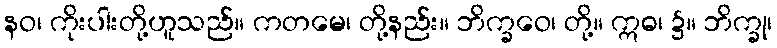
နဝ၊ ကိုးပါးတို့ဟူသည်။ ကတမေ၊ တို့နည်း။ ဘိက္ခဝေ၊ တို့။ ဣဓ၊ ၌။ ဘိက္ခု၊